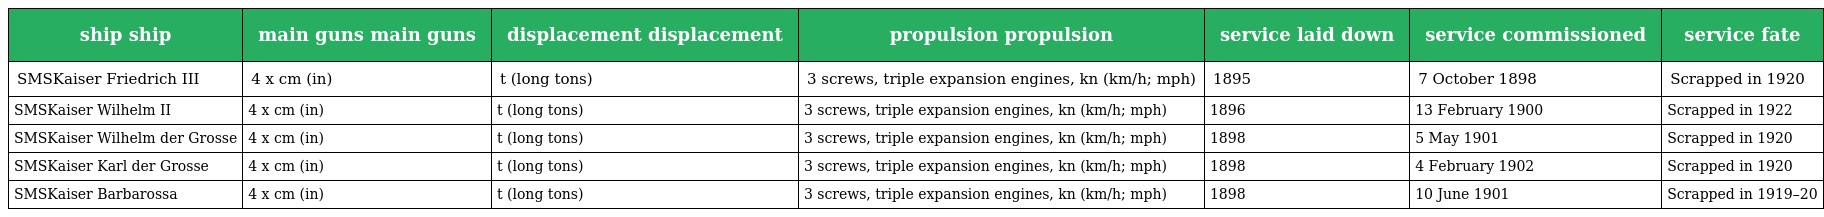
| ship ship | main guns main guns | displacement displacement | propulsion propulsion | service laid down | service commissioned | service fate |
 | --- | --- | --- | --- | --- | --- | --- |
 | SMSKaiser Friedrich III | 4 x cm (in) | t (long tons) | 3 screws, triple expansion engines, kn (km/h; mph) | 1895 | 7 October 1898 | Scrapped in 1920 |
 | SMSKaiser Wilhelm II | 4 x cm (in) | t (long tons) | 3 screws, triple expansion engines, kn (km/h; mph) | 1896 | 13 February 1900 | Scrapped in 1922 |
 | SMSKaiser Wilhelm der Grosse | 4 x cm (in) | t (long tons) | 3 screws, triple expansion engines, kn (km/h; mph) | 1898 | 5 May 1901 | Scrapped in 1920 |
 | SMSKaiser Karl der Grosse | 4 x cm (in) | t (long tons) | 3 screws, triple expansion engines, kn (km/h; mph) | 1898 | 4 February 1902 | Scrapped in 1920 |
 | SMSKaiser Barbarossa | 4 x cm (in) | t (long tons) | 3 screws, triple expansion engines, kn (km/h; mph) | 1898 | 10 June 1901 | Scrapped in 1919–20 |